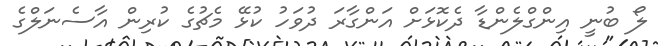
ލޯ ބުނީ އިންގްލެންޑާ ދެކޮޅަށް އަންގާރަ ދުވަހު ކުޅޭ މެޗުގެ ކުރިން އާސެނަލްގެ